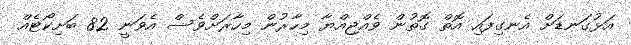
އަޅުގަނޑަށް އެނގިފައި އޮތް ގޮތުން ވެއްޖިއްޔާ މިހާރުން މިހާރަށްވެސް އެވަނީ 82 ބަށިކޯޓެއް